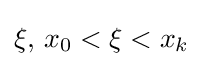
\xi ,\,x_{0}<\xi <x_{k}